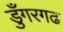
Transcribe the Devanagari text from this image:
डुँगरगढ